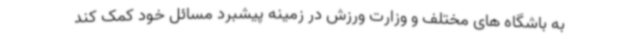
به باشگاه های مختلف و وزارت ورزش در زمینه پیشبرد مسائل خود کمک کند